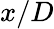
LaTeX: x/D